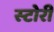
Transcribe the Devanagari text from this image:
स्‍टोरी